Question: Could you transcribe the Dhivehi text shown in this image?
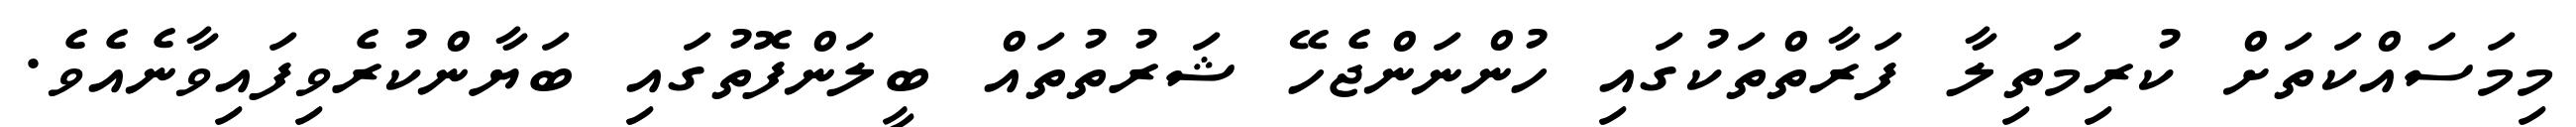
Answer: މިމަސައްކަތަށް ކުރިމަތިލާ ފަރާތްތަކުގައި ހުންނަންޖެހޭ ޝަރުތުތައް ބީލަންފޮތުގައި ބަޔާންކުރެވިފައިވާނެއެވެ.